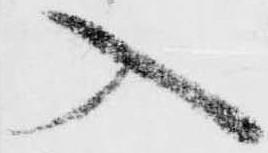
入